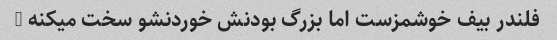
فلندر بیف خوشمزست اما بزرگ بودنش خوردنشو سخت میکنه …